Leaving Certificate Examination, 1904
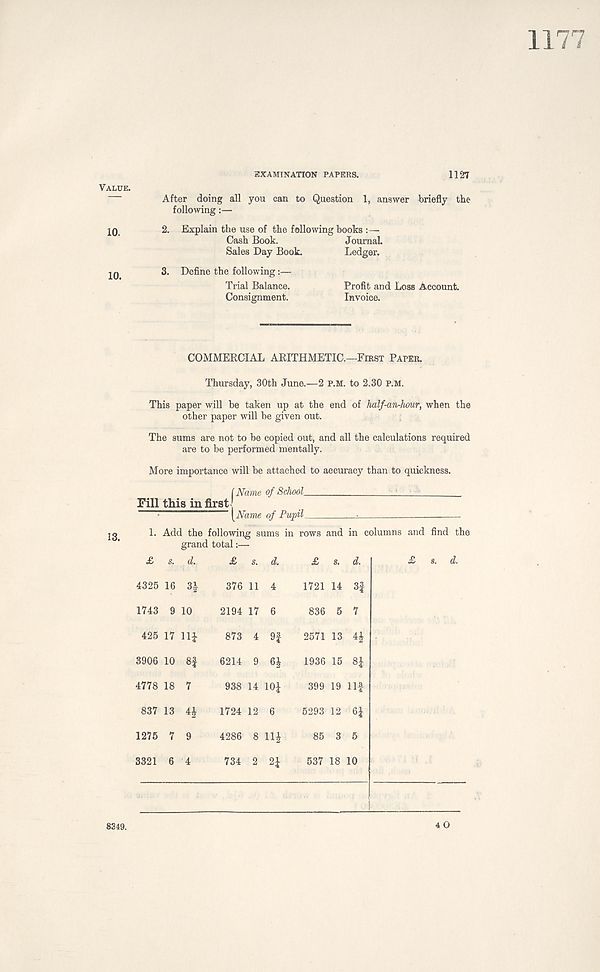
1177
Value.
10.
10.
EXAMINATION PAPERS.
1127
After doing all you can to Question 1, answer briefly the
following:—
2. Explain the use of the following books :—
Cash Book.
Journal
Sales Day Book.
Ledger.
3. Define the following:—
Trial Balance.
Profit and Loss Account.
Consignment.
Invoice.
COMMERCIAL ARITHMETIC.—First Paper.
Thursday, 30th June.—2 P.M. to 2.30 P.M.
This paper will be taken up at the end of half-an-hour, when the
other paper will be given out.
The sums are not to be copied out, and all the calculations required
are to be performed mentally.
More importance will be attached to accuracy than to quickness.
f Name of School
Fill this in first;
[Name of Pupil
•
1. Add the following sums in rows and in columns and find the
grand total:—
£ s. d.
4325 16 3|
1743 9 10
425 17 llj
3906 10 8f
4778 18 7
837 13 4|
1275 7 9
3321 6 4
£ s. d.
376 11 4
2194 17 6
873 4 9f
6214 9 6J
938 14 lOJ
1724 12 6
4286 8 11£
734 2 2J
£ s. d.
1721 14 3f
836 5 7
2571 13 4£
1936 15 8|
399 19 Ilf
5293 12 6£
85 3 5
537 18 10
£ s. d.
40